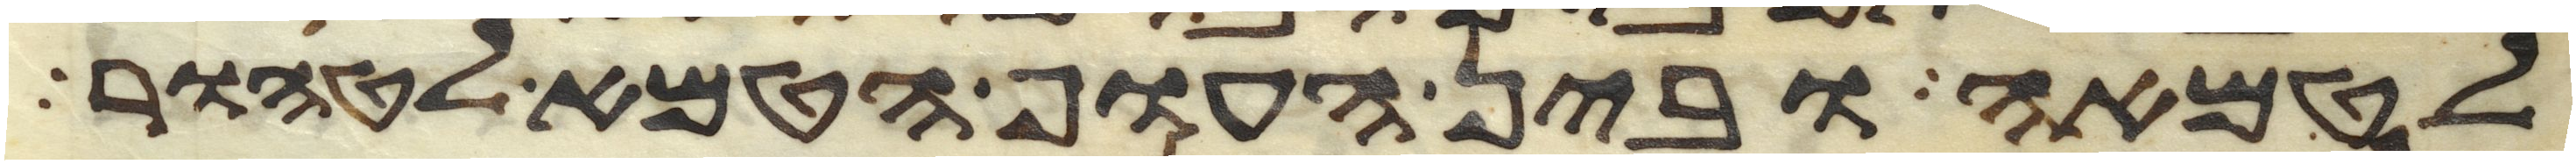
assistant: לטמאה ובין העוף הטמא לטהור